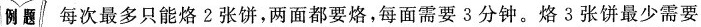
例题 每次最多只能烙2张饼，两面都要烙，每面需要3分钟。烙3张饼最少需要